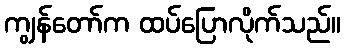
ကျွန်တော်က ထပ်ပြောလိုက်သည်။